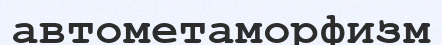
автометаморфизм